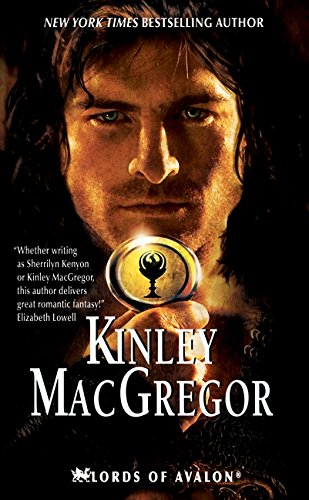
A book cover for Knight of Darkness (Lords of Avalon, Book 2); Kinley MacGregor; Science Fiction & Fantasy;